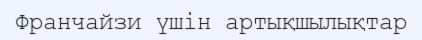
Франчайзи үшін артықшылықтар